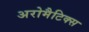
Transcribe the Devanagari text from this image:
अरोमैटिक्स